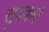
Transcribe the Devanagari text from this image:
सुड़कने